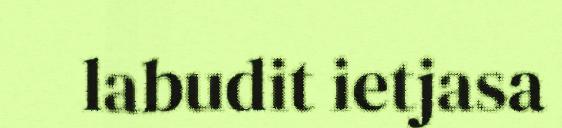
labudit ietjasa